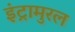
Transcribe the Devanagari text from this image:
इंट्रामुरल